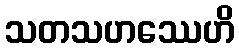
သတသဟဿေဟိ